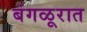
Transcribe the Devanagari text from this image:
बंगळूरात